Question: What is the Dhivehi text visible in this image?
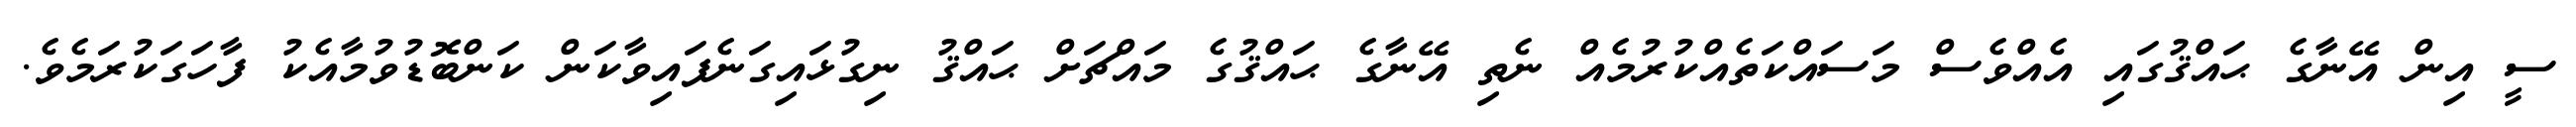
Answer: ސީ އިން އޭނާގެ ޙައްޤުގައި އެއްވެސް މަސައްކަތެއްކުރުމެއް ނެތި އޭނާގެ ޙައްޤުގެ މައްޗަށް ޙައްޤު ނިގުޅައިގަނެފައިވާކަން ކަންބޮޑުވުމާއެކު ފާހަގަކުރަމެވެ.